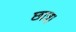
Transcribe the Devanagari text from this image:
छात्र।